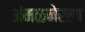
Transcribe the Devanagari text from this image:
अंमळनेरला